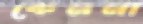
কেননা